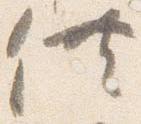
供